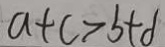
a + c > b + d